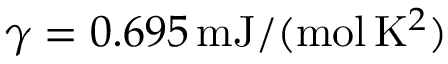
\gamma = 0 . 6 9 5 \, \mathrm { m J } / ( \mathrm { m o l } \, \mathrm { K } ^ { 2 } )